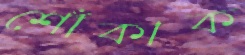
শোঁকাক